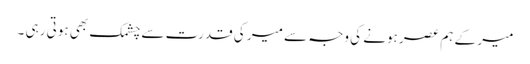
میر کے ہم عصر ہونے کی وجہ سے میر کی قدرت سے چشمک بھی ہوتی رہی ۔